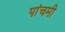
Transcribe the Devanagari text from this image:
पांचमी